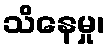
သိနေမှု၊